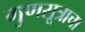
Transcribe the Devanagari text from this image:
गुणसूत्राचा